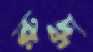
রুদ্ধ